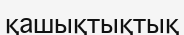
қашықтықтық